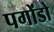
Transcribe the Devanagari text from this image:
पगोंडो